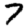
Digit: 7